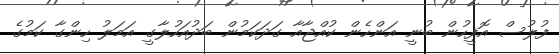
ފުލުސް އޮފީހުން ބުނީ އަންހެން ކުއްޖާއާ ގަދަކަމުން ބަދުއަހުލާގީ އަމަލު ހިންގާ ކަމުގެ